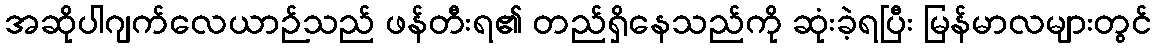
အဆိုပါဂျက်လေယာဉ်သည် ဖန်တီးရ၏ တည်ရှိနေသည်ကို ဆုံးခဲ့ရပြီး မြန်မာလများတွင်